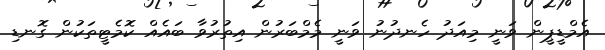
އެމްޑީޕީން ވަނީ މިއަދު ހެނދުނު ވަނީ މެމްބަރުން އިތުރުވާ ބައެއް ކޮމެޓީތަކުން ގޮނޑި